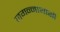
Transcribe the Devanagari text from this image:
जगन्नाथाशी